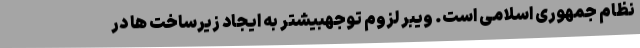
نظام جمهوری اسلامی است. ویبر لزوم توجهبیشتر به ایجاد زیرساخت ها در